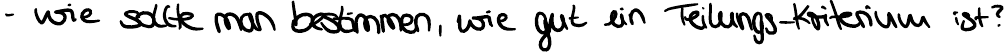
- wie sollte man bestimmen, wie gut ein Teilungs-Kriterium ist?